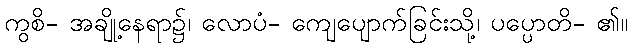
ကွစိ- အချို့နေရာ၌၊ လောပံ- ကျေပျောက်ခြင်းသို့၊ ပပ္ပောတိ- ၏။